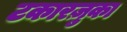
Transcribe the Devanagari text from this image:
टकारज़ुका